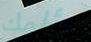
يؤلمك